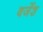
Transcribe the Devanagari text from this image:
बर्जेश